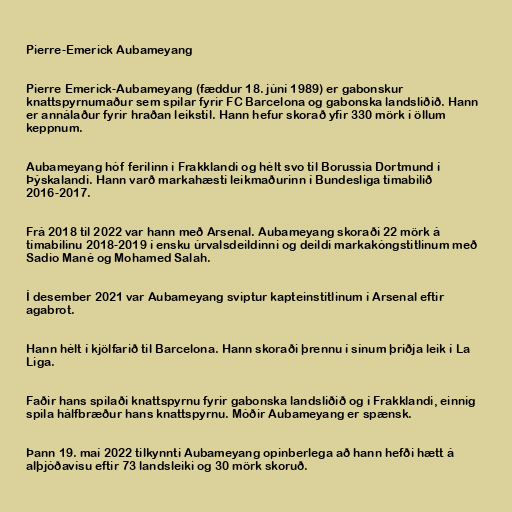
Pierre-Emerick Aubameyang

Pierre Emerick-Aubameyang (fæddur 18. júní 1989) er gabonskur
knattspyrnumaður sem spilar fyrir FC Barcelona og gabonska landsliðið. Hann
er annálaður fyrir hraðan leikstíl. Hann hefur skorað yfir 330 mörk í öllum
keppnum.

Aubameyang hóf ferilinn í Frakklandi og hélt svo til Borussia Dortmund í
Þýskalandi. Hann varð markahæsti leikmaðurinn í Bundesliga tímabilið
2016-2017.

Frá 2018 til 2022 var hann með Arsenal. Aubameyang skoraði 22 mörk á
tímabilinu 2018-2019 í ensku úrvalsdeildinni og deildi markakóngstitlinum með
Sadio Mané og Mohamed Salah.

Í desember 2021 var Aubameyang sviptur kapteinstitlinum í Arsenal eftir
agabrot.

Hann hélt í kjölfarið til Barcelona. Hann skoraði þrennu í sínum þriðja leik í La
Liga.

Faðir hans spilaði knattspyrnu fyrir gabonska landsliðið og í Frakklandi, einnig
spila hálfbræður hans knattspyrnu. Móðir Aubameyang er spænsk.

Þann 19. maí 2022 tilkynnti Aubameyang opinberlega að hann hefði hætt á
alþjóðavísu eftir 73 landsleiki og 30 mörk skoruð.